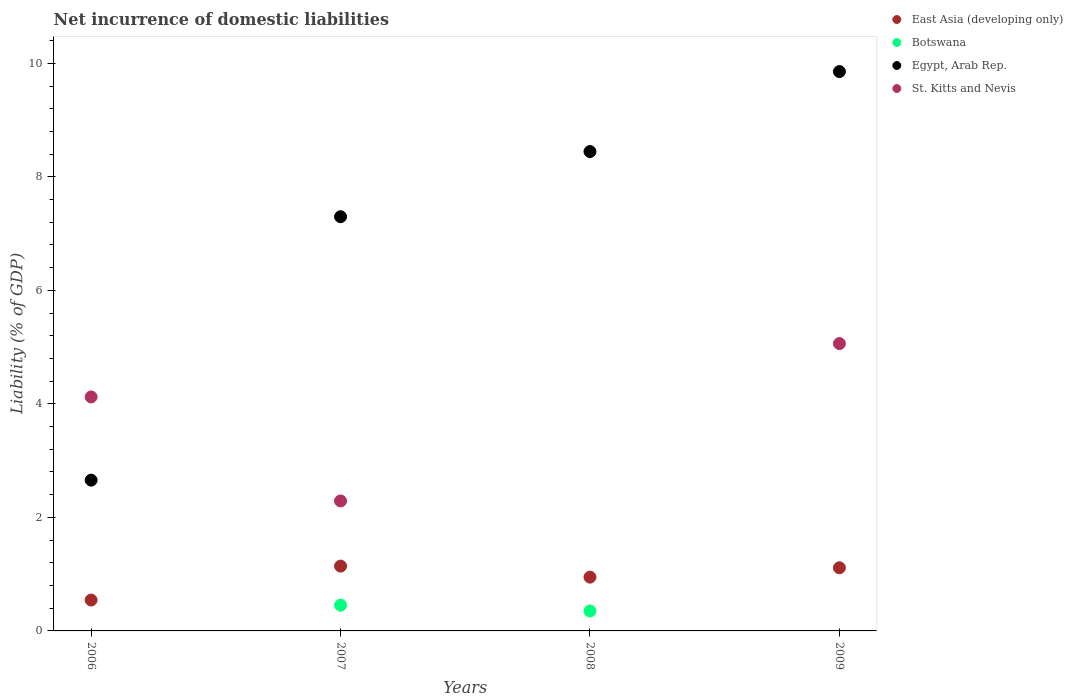
| Years | East Asia (developing only) | Botswana | Egypt, Arab Rep. | St. Kitts and Nevis |
 | --- | --- | --- | --- | --- |
 | 2006 | 0.544 | -0.564 | 2.66 | 4.12 |
 | 2007 | 1.14 | 0.454 | 7.3 | 2.29 |
 | 2008 | 0.947 | 0.351 | 8.45 | -2.48 |
 | 2009 | 1.11 | -1.71 | 9.85 | 5.06 |